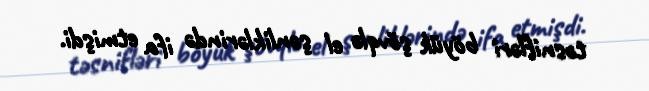
təsnifləri böyük şövqlə el şənliklərində ifa etmişdi.